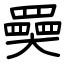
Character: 奰